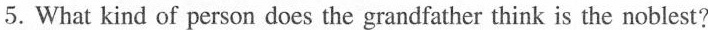
5.What kind of person does the grandfather think is the noblest?